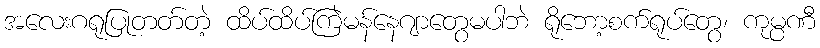
အလေးဂရုပြုတတ်တဲ့ ထိပ်ထိပ်ကြဲမန်နေဂျာတွေမပါဘဲ ရိုဘော့စက်ရုပ်တွေ၊ ကုမ္ပဏီ